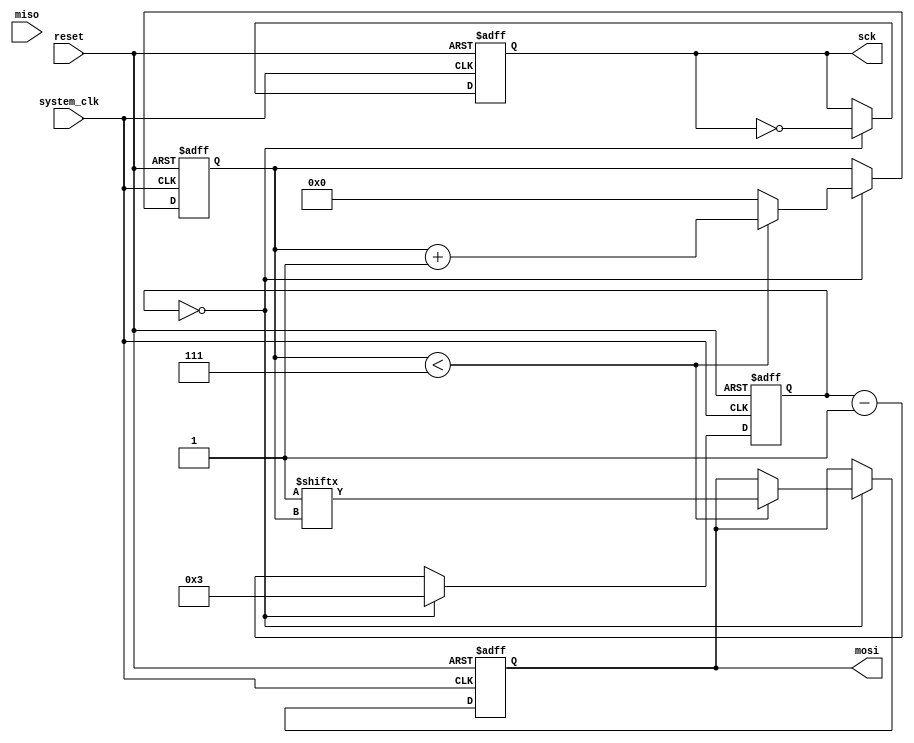
module spi_timing_control(
    input wire system_clk, // System clock signal
    input wire reset, // Reset signal
    output reg sck, // Clock signal for SPI bus
    output reg mosi, // MOSI signal for SPI bus
    input wire miso // MISO signal for SPI bus
);

reg [7:0] count_divider;
reg [3:0] count_tx;

always @(posedge system_clk or posedge reset) begin
    if (reset) begin
        count_divider <= 8'd0;
        count_tx <= 4'd0;
        sck <= 1'b0;
        mosi <= 1'b0;
    end else begin
        if (count_divider == 8'd0) begin
            sck <= ~sck;
            if (count_tx < 4'd7) begin
                mosi <= data[count_tx];
                count_tx <= count_tx + 1;
            end else begin
                count_tx <= 4'd0;
            end
            count_divider <= 8'd3; // Adjust the value to generate the appropriate clock frequency
        end else begin
            count_divider <= count_divider - 1;
        end
    end
end

endmodule